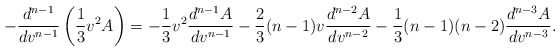
\begin{align*} -\frac{d^{n-1}}{dv^{n-1}}\left(\frac{1}{3}v^2A\right)=-\frac{1}{3}v^2\frac{d^{n-1}A}{dv^{n-1}}-\frac{2}{3}(n-1)v\frac{d^{n-2}A}{dv^{n-2}}-\frac{1}{3}(n-1)(n-2)\frac{d^{n-3}A}{dv^{n-3}}.\end{align*}